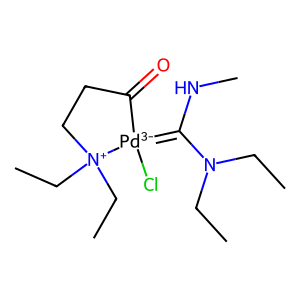
SMILES: CCN(CC)C(NC)=[Pd-3]1(Cl)C(=O)CC[N+]1(CC)CC
Inhibits HIV replication: No